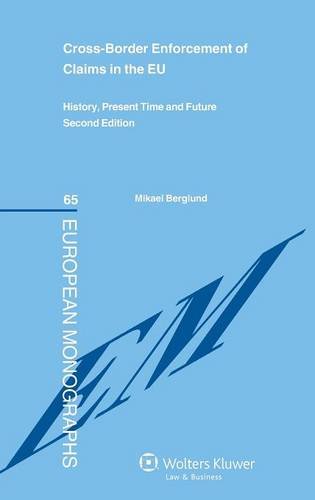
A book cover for Cross-Border Enforcement of Claims in the EU: History, Present Time and Future (European Monographs); Mikael Berglund; Law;